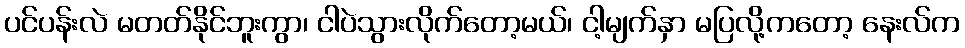
ပင်ပန်းလဲ မတတ်နိုင်ဘူးကွာ၊ ငါပဲသွားလိုက်တော့မယ်၊ ငါ့မျက်နှာ မပြလို့ကတော့ နေးလ်က